Leaving Certificate Examination, 1912
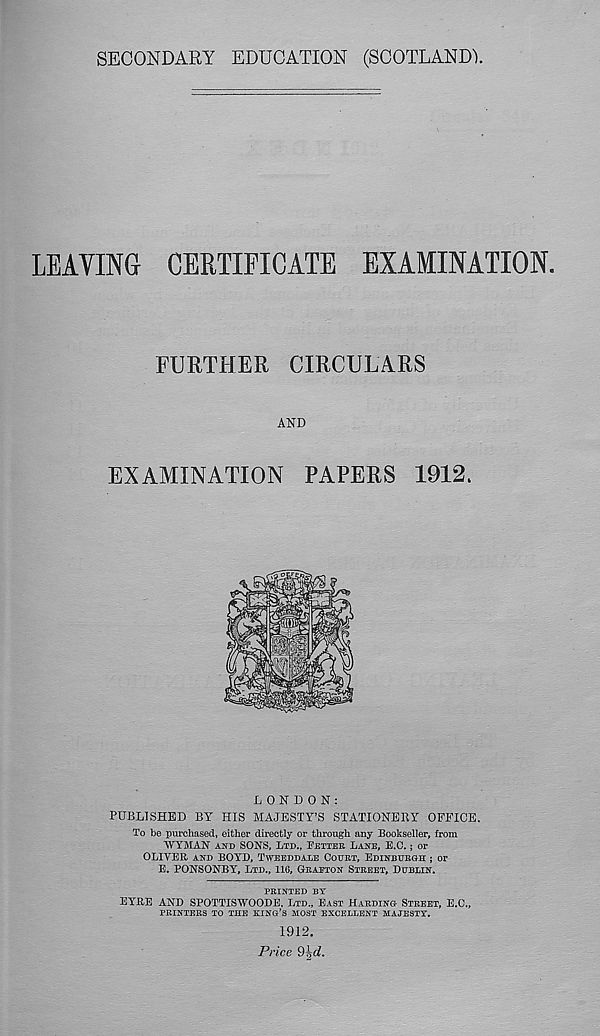
SECONDARY EDUCATION (SCOTLANDY
LEAVING CERTIFICATE EXAMINATION.
FURTHER CIRCULARS
AND
EXAMINATION PAPERS 1912.
LONDON:
PUBLISHED BY HIS MAJESTY’S STATIONERY OFFICE.
To be purchased, either directly or through any Bookseller, from
■WYMAN AND SONS, LTD., FDTIBU LANE, E.O.; or
OLIVER AND BOYD, TWEEDDALE COURT, EDINBURGH ; or
E. PONSONBY, LTD., 116, GRAETON STREET, DUBLIN.
PRINTED BT
EYRE AND SPOTTISWOODE. LTD., EAST HARDING STREET, E.C.,
PRINTERS TO THE KING’S MOST EXCELLENT MAJESTY.
1912.
Price 9^d.